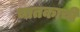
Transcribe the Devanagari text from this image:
चातकाची